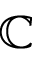
\mathbb C